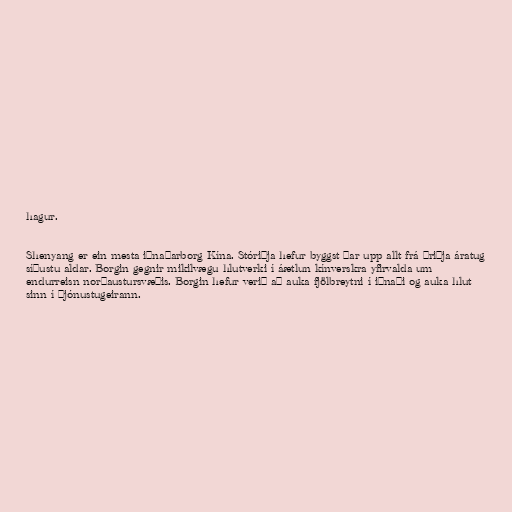
hagur.

Shenyang er ein mesta iðnaðarborg Kína. Stóriðja hefur byggst þar upp allt frá þriðja áratug
síðustu aldar. Borgin gegnir mikilvægu hlutverki í áætlun kínverskra yfirvalda um
endurreisn norðaustursvæðis. Borgin hefur verið að auka fjölbreytni í iðnaði og auka hlut
sinn í þjónustugeirann.